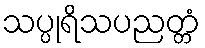
သပ္ပုရိသပညတ္တံ